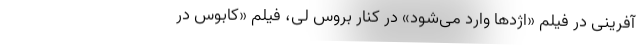
آفرینی در فیلم «اژدها وارد می‌شود» در کنار بروس لی، فیلم «کابوس در